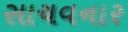
સાચવનાર